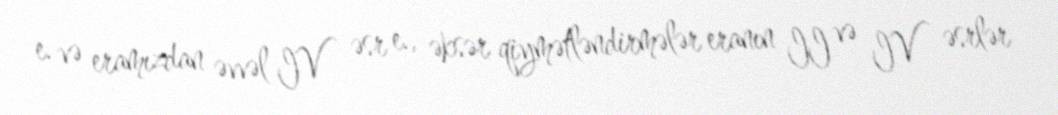
e. və eramızdan əvvəl IV əsr e., əksər qiymətləndirmələr eranın II və IV əsrlər